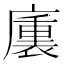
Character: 𭚁